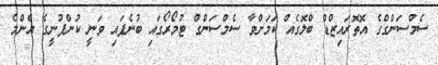
ސެމްސަންގްގެ އޮތޮރައިޒްޑް ބްލޮގެއް ކަމަށްވާ ސެމްސަންގް ޓުމޯރޯގައި ބުނެފައި ވަނީ ކުންފުނީގެ އެންމެ